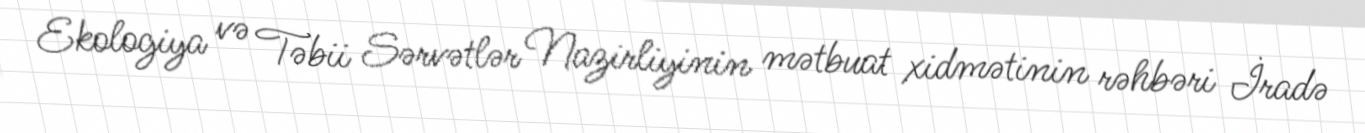
Ekologiya və Təbii Sərvətlər Nazirliyinin mətbuat xidmətinin rəhbəri İradə